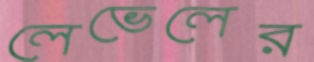
লেভেলের